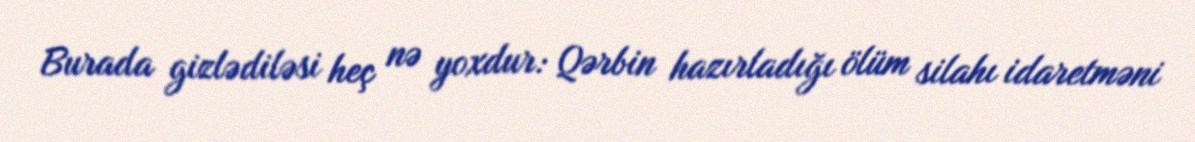
Burada gizlədiləsi heç nə yoxdur: Qərbin hazırladığı ölüm silahı idaretməni